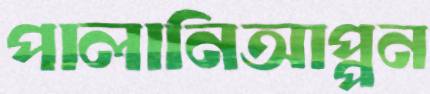
পালানিআপ্পন